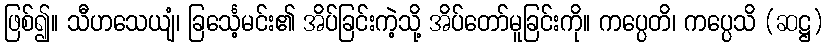
ဖြစ်၍။ သီဟသေယျံ၊ ခြင်္သေ့မင်း၏ အိပ်ခြင်းကဲ့သို့ အိပ်တော်မူခြင်းကို။ ကပ္ပေတိ၊ ကပ္ပေသိ (ဆဋ္ဌ)